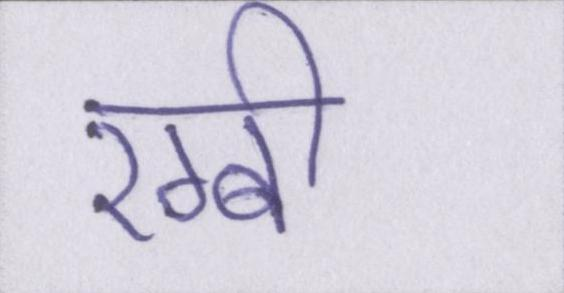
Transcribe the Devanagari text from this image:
रग्बी